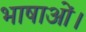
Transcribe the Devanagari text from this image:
भाषाओं।